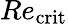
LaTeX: Re_{\mathrm{crit}}